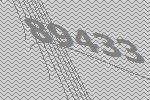
89433